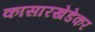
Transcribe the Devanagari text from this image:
कासारखेडेकर